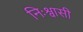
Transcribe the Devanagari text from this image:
निःश्वासी